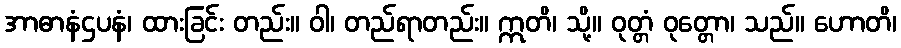
အာဓာနံဌပနံ၊ ထားခြင်း တည်း။ ဝါ၊ တည်ရာတည်း။ ဣတိ၊ သို့။ ဝုတ္တံ ဝုတ္တော၊ သည်။ ဟောတိ၊